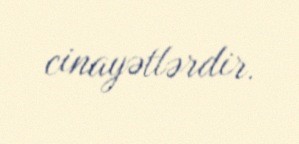
cinayətlərdir.